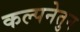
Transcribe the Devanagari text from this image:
कल्पनेतुन